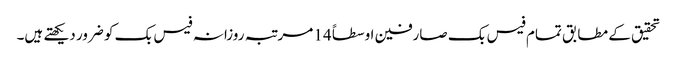
تحقیق کے مطابق تمام فیس بک صارفین اوسطاً 14 مرتبہ روزانہ فیس بک کو ضرور دیکھتے ہیں۔